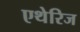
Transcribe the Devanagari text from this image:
एथेरिज